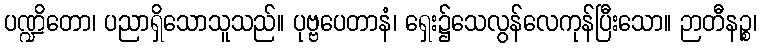
ပဏ္ဍိတော၊ ပညာရှိသောသူသည်။ ပုဗ္ဗပေတာနံ၊ ရှေး၌သေလွန်လေကုန်ပြီးသော။ ဉာတီနဉ္စ၊